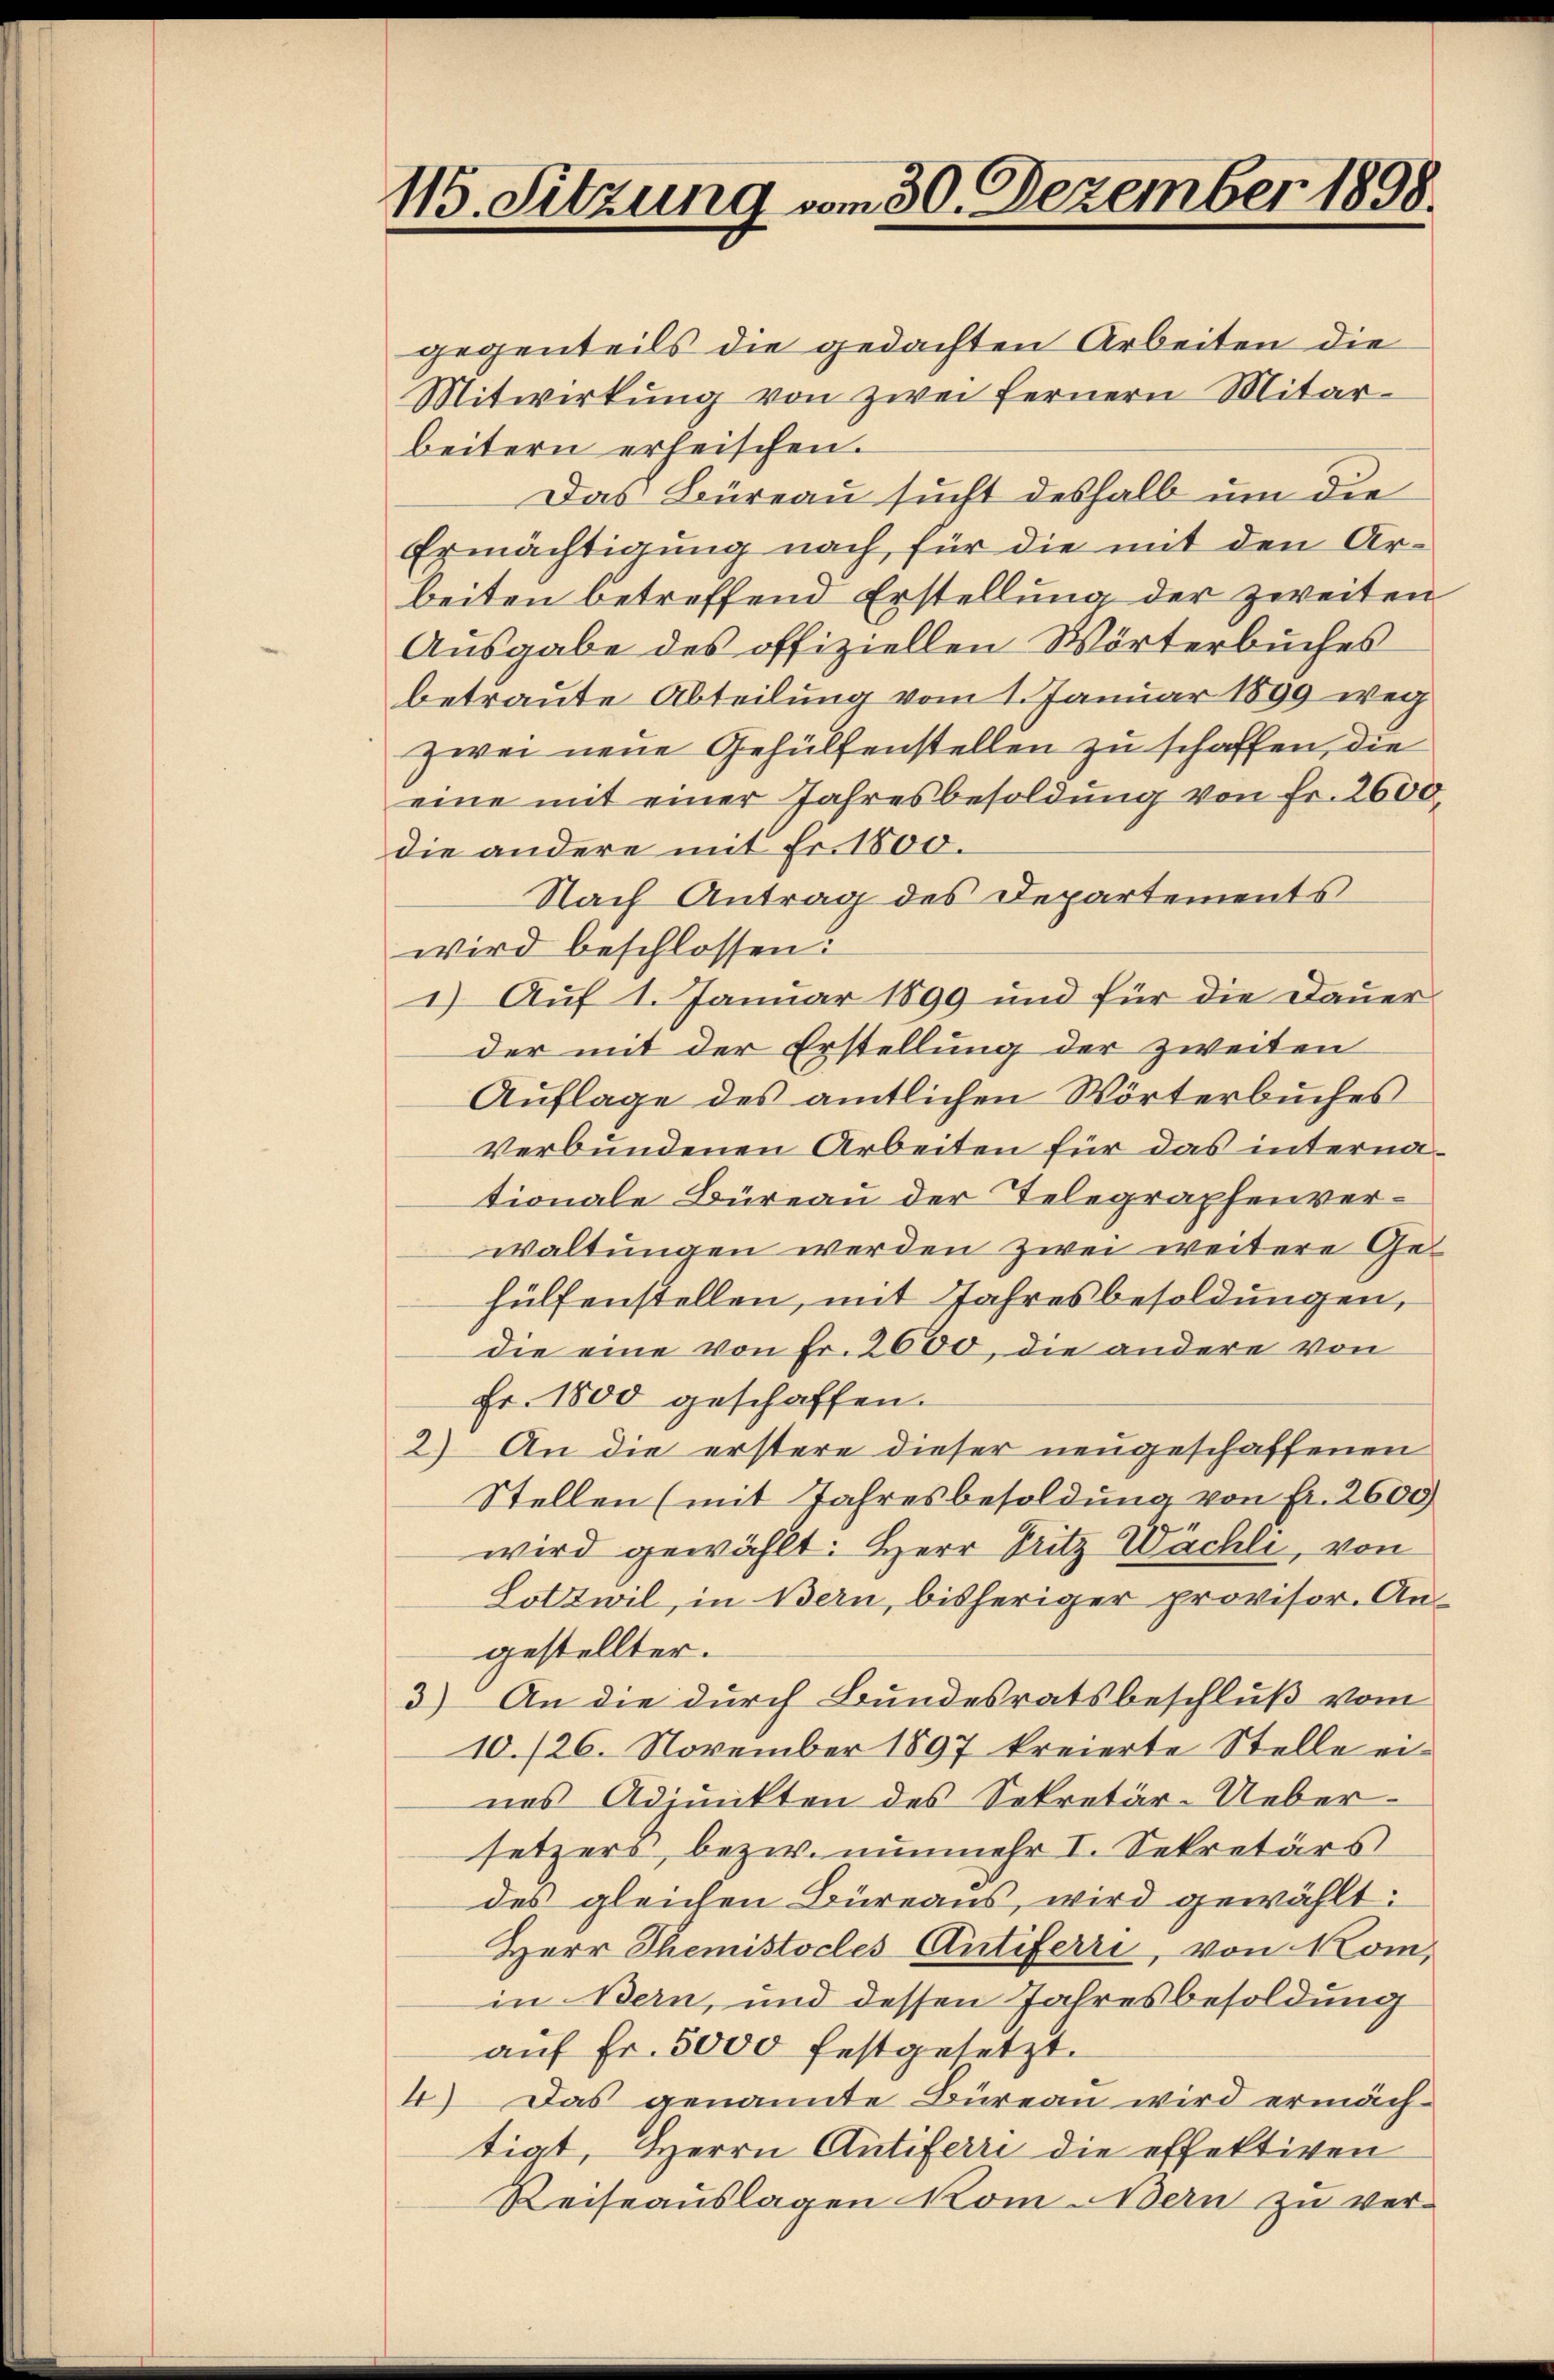
115. Sitzung vom 30. Dezember 1898.

gegenteils die gedachten Arbeiten die
Mitwirkung von zwei fernern Mitar-
beitern erheischen.
Das Büreau sucht deshalb um die
Ermächtigung nach für die mit den Arbeiten betreffend Erstellung der zweiten
Ausgabe des offiziellen Wörterbuches
betraute Abteilung vom 1. Januar 1899 weg
zwei neue Gehülfenstellen zu schaffen, die
eine mit einer Jahresbesoldung von Fr. 2600.
die andere mit Fr. 1800.
Nach Antrag des Departements
wird beschlossen:
1) Auf 1. Januar 1899 und für die Dauer
der mit der Erstellung der zweiten
Auflage des amtlichen Wörterbuches
verbundenen Arbeiten für das internationale Büreau der Telegraphenverwaltungen werden zwei weitere Gehülfenstellen, mit Jahresbesoldungen,
die eine von Fr. 2600, die andere von
Fr. 1800 geschaffen.
2) An die erstere dieser neugeschaffenen
Stellen (mit Jahresbesoldung von fr. 2600
wird gewählt: Herr Pritz Wächli, von
Lotzwil, in Bern, bisheriger provisor. An-
gestellter.
3) An die durch Bundesratsbeschluß vom
10./26. November 1897 kreierte Stelle eines Adjunkten des Sekretär-Uebersetzers, bezw. nunmehr I. Sekretärs
des gleichen Büreaus, wird gewählt:
Herr Themistocles Antiferri, von Rom,
in Bern, und dessen Jahresbesoldung
auf Fr. 5000 festgesetzt.
4) Das genannte Büreau wird ermäch-
tigt, Herrn Antiferri die effektiven
Reiseauslagen Kom Bern zu ver¬